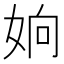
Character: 姠